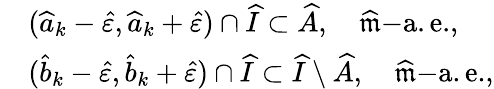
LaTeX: \begin{array}{rl}&{(\widehat{a}_{k}-\widehat{\varepsilon},\widehat{a}_{k}+\widehat{\varepsilon})\cap\widehat{I}\subset\widehat{A},\quad\widehat{\mathfrak{m}}\mathrm{-a.e.},}\\ &{(\widehat{b}_{k}-\widehat{\varepsilon},\widehat{b}_{k}+\widehat{\varepsilon})\cap\widehat{I}\subset\widehat{I}\setminus\widehat{A},\quad\widehat{\mathfrak{m}}\mathrm{-a.e.},}\end{array}